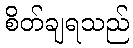
စိတ်ချရသည်